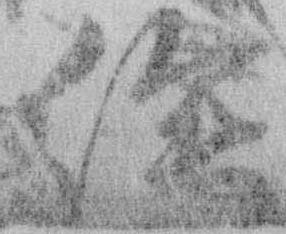
絵